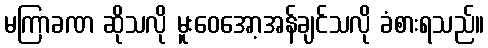
မကြာခဏ ဆိုသလို မူးဝေအော့အန်ချင်သလို ခံစားရသည်။